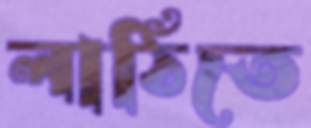
লাঠিতে